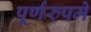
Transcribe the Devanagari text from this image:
पूर्णरुपमे